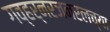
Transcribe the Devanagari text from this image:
गव्हर्नरजनरलच्या